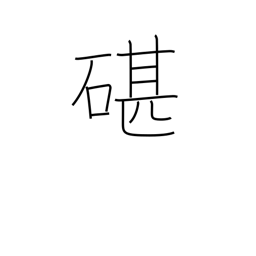
Meaning: an anvil